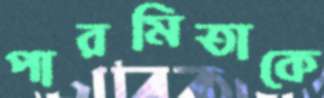
পারমিতাকে